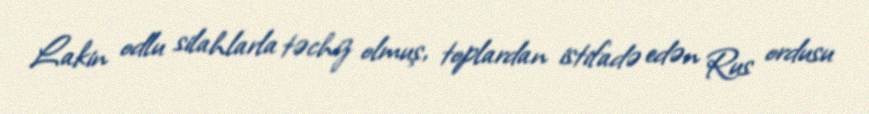
Lakin odlu silahlarla təchiz olmuş, toplardan istifadə edən Rus ordusu